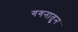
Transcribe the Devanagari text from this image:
गगनातुन